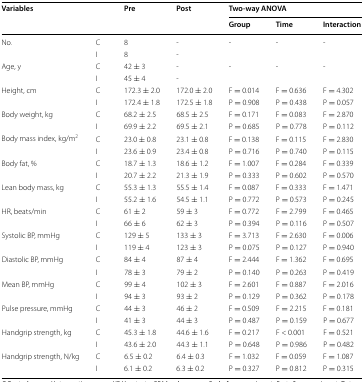
<table><thead><tr><td rowspan="2"><b>Variables</b></td><td rowspan="2"></td><td rowspan="2"><b>Pre</b></td><td rowspan="2"><b>Post</b></td><td colspan="3"><b>Two-way ANOVA</b></td></tr><tr><td><b>Group</b></td><td><b>Time</b></td><td><b>Interaction</b></td></tr></thead><tbody><tr><td>No.</td><td>C</td><td>8</td><td>-</td><td>-</td><td>-</td><td>-</td></tr><tr><td></td><td>I</td><td>8</td><td>-</td><td></td><td></td><td></td></tr><tr><td>Age, y</td><td>C</td><td>42 ± 3</td><td>-</td><td>-</td><td>-</td><td>-</td></tr><tr><td></td><td>I</td><td>45 ± 4</td><td>-</td><td></td><td></td><td></td></tr><tr><td>Height, cm</td><td>C</td><td>172.3 ± 2.0</td><td>172.0 ± 2.0</td><td>F = 0.014</td><td>F = 0.636</td><td>F = 4.302</td></tr><tr><td></td><td>I</td><td>172.4 ± 1.8</td><td>172.5 ± 1.8</td><td>P = 0.908</td><td>P = 0.438</td><td>P = 0.057</td></tr><tr><td>Body weight, kg</td><td>C</td><td>68.2 ± 2.5</td><td>68.5 ± 2.5</td><td>F = 0.171</td><td>F = 0.083</td><td>F = 2.870</td></tr><tr><td></td><td>I</td><td>69.9 ± 2.2</td><td>69.5 ± 2.1</td><td>P = 0.685</td><td>P = 0.778</td><td>P = 0.112</td></tr><tr><td>Body mass index, kg/m<sup>2</sup></td><td>C</td><td>23.0 ± 0.8</td><td>23.1 ± 0.8</td><td>F = 0.138</td><td>F = 0.115</td><td>F = 2.830</td></tr><tr><td></td><td>I</td><td>23.6 ± 0.9</td><td>23.4 ± 0.8</td><td>P = 0.716</td><td>P = 0.740</td><td>P = 0.115</td></tr><tr><td>Body fat, %</td><td>C</td><td>18.7 ± 1.3</td><td>18.6 ± 1.2</td><td>F = 1.007</td><td>F = 0.284</td><td>F = 0.339</td></tr><tr><td></td><td>I</td><td>20.7 ± 2.2</td><td>21.3 ± 1.9</td><td>P = 0.333</td><td>P = 0.602</td><td>P = 0.570</td></tr><tr><td>Lean body mass, kg</td><td>C</td><td>55.3 ± 1.3</td><td>55.5 ± 1.4</td><td>F = 0.087</td><td>F = 0.333</td><td>F = 1.471</td></tr><tr><td></td><td>I</td><td>55.2 ± 1.6</td><td>54.5 ± 1.1</td><td>P = 0.772</td><td>P = 0.573</td><td>P = 0.245</td></tr><tr><td>HR, beats/min</td><td>C</td><td>61 ± 2</td><td>59 ± 3</td><td>F = 0.772</td><td>F = 2.799</td><td>F = 0.465</td></tr><tr><td></td><td>I</td><td>66 ± 6</td><td>62 ± 3</td><td>P = 0.394</td><td>P = 0.116</td><td>P = 0.507</td></tr><tr><td>Systolic BP, mmHg</td><td>C</td><td>129 ± 5</td><td>133 ± 3</td><td>F = 3.713</td><td>F = 2.630</td><td>F = 0.006</td></tr><tr><td></td><td>I</td><td>119 ± 4</td><td>123 ± 3</td><td>P = 0.075</td><td>P = 0.127</td><td>P = 0.940</td></tr><tr><td>Diastolic BP, mmHg</td><td>C</td><td>84 ± 4</td><td>87 ± 4</td><td>F = 2.444</td><td>F = 1.362</td><td>F = 0.695</td></tr><tr><td></td><td>I</td><td>78 ± 3</td><td>79 ± 2</td><td>P = 0.140</td><td>P = 0.263</td><td>P = 0.419</td></tr><tr><td>Mean BP, mmHg</td><td>C</td><td>99 ± 4</td><td>102 ± 3</td><td>F = 2.601</td><td>F = 0.887</td><td>F = 2.016</td></tr><tr><td></td><td>I</td><td>94 ± 3</td><td>93 ± 2</td><td>P = 0.129</td><td>P = 0.362</td><td>P = 0.178</td></tr><tr><td>Pulse pressure, mmHg</td><td>C</td><td>44 ± 3</td><td>46 ± 2</td><td>F = 0.509</td><td>F = 2.215</td><td>F = 0.181</td></tr><tr><td></td><td>I</td><td>41 ± 3</td><td>44 ± 3</td><td>P = 0.487</td><td>P = 0.159</td><td>P = 0.677</td></tr><tr><td>Handgrip strength, kg</td><td>C</td><td>45.3 ± 1.8</td><td>44.6 ± 1.6</td><td>F = 0.217</td><td>F &lt; 0.001</td><td>F = 0.521</td></tr><tr><td></td><td>I</td><td>43.6 ± 2.0</td><td>44.3 ± 1.1</td><td>P = 0.648</td><td>P = 0.986</td><td>P = 0.482</td></tr><tr><td>Handgrip strength, N/kg</td><td>C</td><td>6.5 ± 0.2</td><td>6.4 ± 0.3</td><td>F = 1.032</td><td>F = 0.059</td><td>F = 1.087</td></tr><tr><td></td><td>I</td><td>6.1 ± 0.2</td><td>6.3 ± 0.2</td><td>P = 0.327</td><td>P = 0.812</td><td>P = 0.315</td></tr></tbody></table>